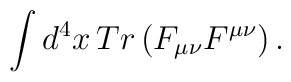
\int d^{4}x\,Tr\left(  F_{\mu\nu}F^{\mu\nu}\right)  .